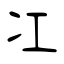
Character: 冮